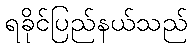
ရခိုင်ပြည်နယ်သည်